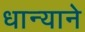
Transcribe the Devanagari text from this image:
धान्याने